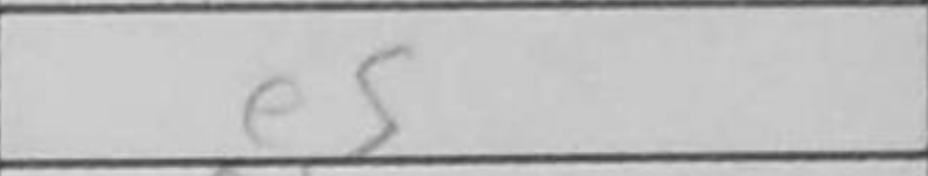
Transcription: e5